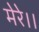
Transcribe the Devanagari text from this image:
मेरे।।